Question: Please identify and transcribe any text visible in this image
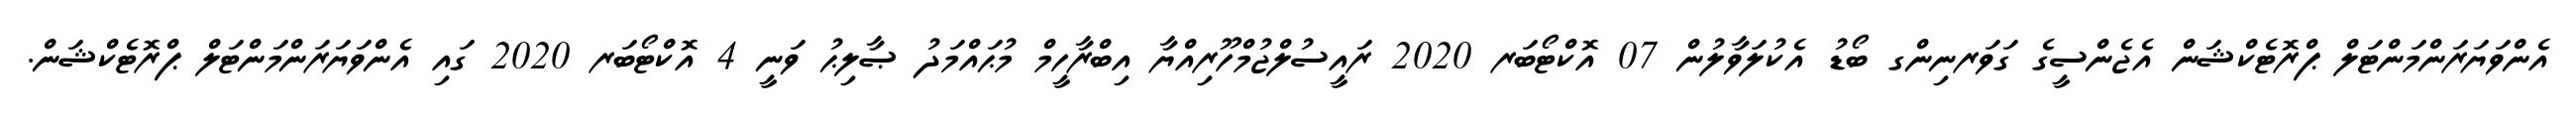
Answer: އެންވަޔަރަންމަންޓަލް ޕްރޮޓެކްޝަން އެޖެންސީގެ ގަވަރނިންގ ބޯޑު އެކުލަވާލުން 07 އޮކްޓޯބަރ 2020 ރައީސުލްޖުމްހޫރިއްޔާ އިބްރާހީމް މުޙައްމަދު ޞާލިޙު ވަނީ 4 އޮކްޓޯބަރ 2020 ގައި އެންވަޔަރަންމަންޓަލް ޕްރޮޓެކްޝަން.